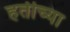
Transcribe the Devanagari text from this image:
हतीच्या